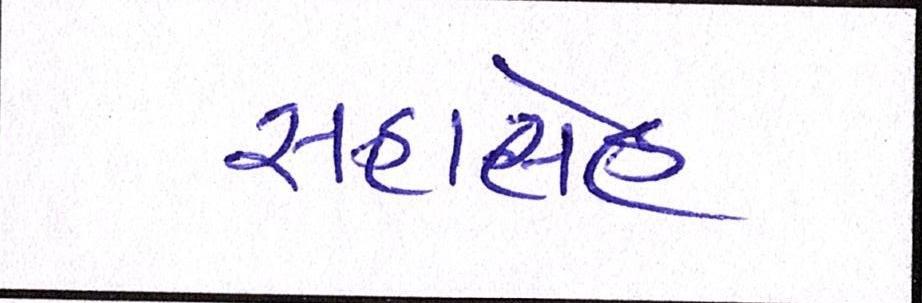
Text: રાહાલેહ